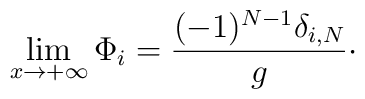
\lim_{x\rightarrow +\infty} \Phi_{i}= {(-1)^{N-1} \delta_{i,N}\over g}\cdotp